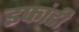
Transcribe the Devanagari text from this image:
इफांडी